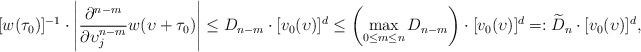
LaTeX: \begin{align*} [w(\tau_0)]^{-1} \cdot \left|\frac{\partial^{n-m}}{\partial \upsilon_j^{n-m}}w(\upsilon+\tau_0)\right| \leq D_{n-m} \cdot [v_0(\upsilon)]^{d} \leq \left(\max_{0 \leq m \leq n} D_{n-m} \right) \cdot [v_0 (\upsilon)]^d =: \widetilde{D}_{n} \cdot [v_0 (\upsilon)]^d , \end{align*}